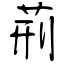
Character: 荊